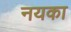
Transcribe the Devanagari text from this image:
नयका